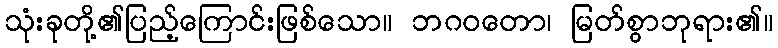
သုံးခုတို့၏ပြည့်ကြောင်းဖြစ်သော။ ဘဂဝတော၊ မြတ်စွာဘုရား၏။